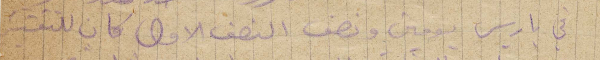
في باريس يومين ونصف النصف الأول كان للتفتيش